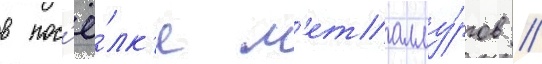
в пос'ё́лк'е м'еталлу́ргов /